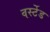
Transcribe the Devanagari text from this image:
वर्स्टेड